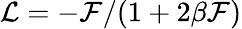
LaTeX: {\cal L}=-{\cal F}/(1+2\beta{\cal F})